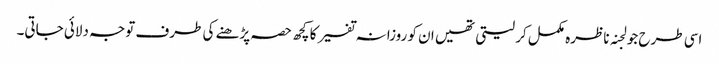
اسی طرح جو لجنہ ناظرہ مکمل کر لیتی تھیں ان کو روزانہ تفسیر کا کچھ حصہ پڑھنے کی طرف توجہ دلائی جاتی۔